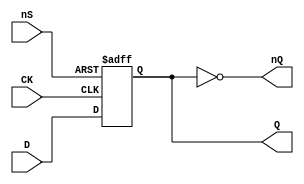
// This program was cloned from: https://github.com/jotego/jtcores
// License: GNU General Public License v3.0

// Fujitsu AV cell
// DFF with SET
// furrtek 2022

`timescale 1ns/100ps

module FDN(
	input CK,
	input D,
	input nS,
	output reg Q,
	output nQ
);

always @(posedge CK or negedge nS) begin
	if (!nS)
		Q <= 1'b1;	// tmax = 2.9ns
	else
		Q <= D;		// tmax = 6.1ns
end

assign nQ = ~Q;

endmodule